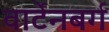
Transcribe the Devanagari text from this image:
वार्टेनबर्ग